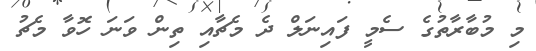
މި މުބާރާތުގެ ސެމީ ފައިނަލް ދެ މެޗާއި ތިން ވަނަ ހޮވާ މެޗު